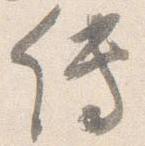
伝